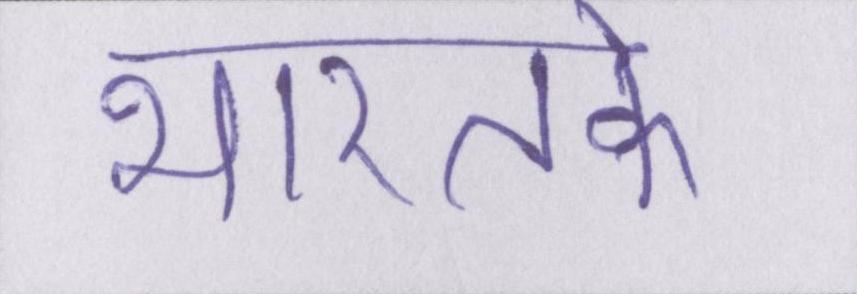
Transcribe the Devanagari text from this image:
भारतके